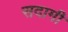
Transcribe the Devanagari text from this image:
सदामी